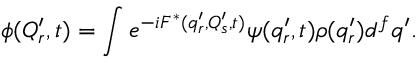
\phi ( Q _ { r } ^ { \prime } , t ) = \int e ^ { - i F ^ { * } ( q _ { r } ^ { \prime } , Q _ { s } ^ { \prime } , t ) } \psi ( q _ { r } ^ { \prime } , t ) \rho ( q _ { r } ^ { \prime } ) d ^ { f } q ^ { \prime } .